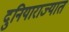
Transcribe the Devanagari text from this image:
दुनियाराज्यात